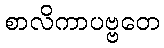
စာလိကာပဗ္ဗတေ